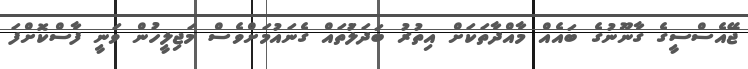
ޖޭއެސްސީގެ ގާނޫނުގެ ބައެއް މާއްދާތަކަށް އިތުރު ބަދަލުަތައް ގެނައުމަށްވެސް މަޖިލީހުން ވަނީ ފާސްކޮށްފަ